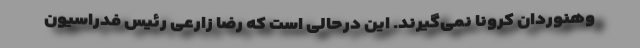
وهنوردان کرونا نمی‌گیرند. این درحالی است که رضا زارعی رئیس فدراسیون